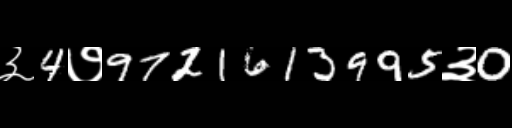
Text: ३4७9721613995३0